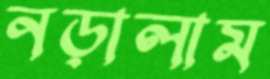
নড়ালাম